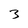
Character: 3